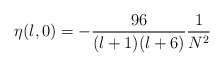
\begin{align*}\eta(l,0) = -\frac{96}{(l+1)(l+6)}\frac{1}{N^2}\end{align*}